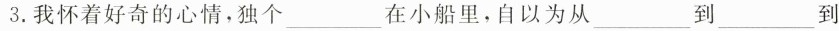
3.我怀着好奇的心情，独个___在小船里，自以为从___到___到